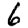
Digit: 6